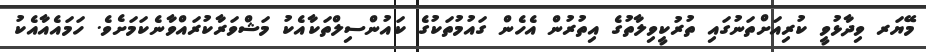
މޭޔަރ ވިދާޅުވީ ކުރިއަށްތަނުގައި ތުރުކީވިލާތުގެ އިތުރުން އެހެން ގައުމުތަކުގެ ކައުންސިލްތަކާއެކު މަޝްވަރާކުރައްވާނެކަމަށެވެ. ހަމައެއާއެކު